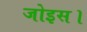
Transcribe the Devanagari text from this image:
जोइस।